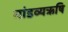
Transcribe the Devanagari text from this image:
मांडव्यऋषि